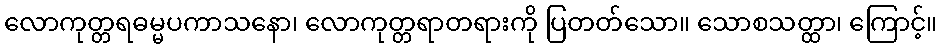
လောကုတ္တရဓမ္မပကာသနော၊ လောကုတ္တရာတရားကို ပြတတ်သော။ သောစသတ္ထာ၊ ကြောင့်။